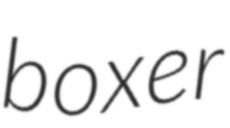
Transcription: boxer